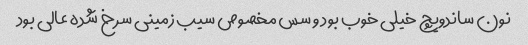
نون ساندویچ خیلی خوب بود و سس مخصوص سیب زمینی سرخ شده عالی بود